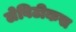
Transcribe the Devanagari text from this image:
लेविटीकस